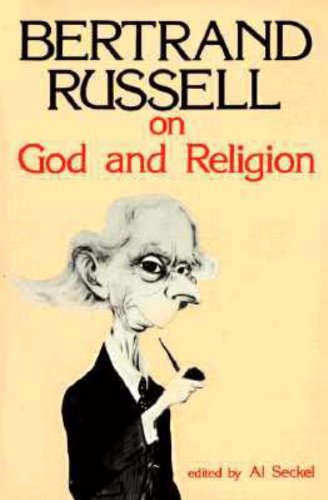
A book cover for Bertrand Russell on God and Religion (Great Books in Philosophy); Bertrand Russell; Politics & Social Sciences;